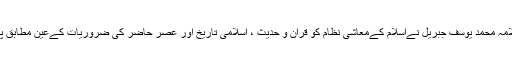
حضرت علامہ محمد یوسف جبریل نےاسلام کےمعاشی نظام کو قران و حدیث ، اسلامی تاریخ اور عصر حاضر کی ضروریات کےعین مطابق پیش کیا ہے۔